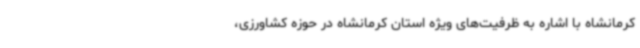
کرمانشاه با اشاره به ظرفیت‌های ویژه استان کرمانشاه در حوزه کشاورزی،